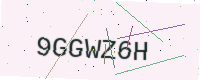
Text: 9GGWZ6H